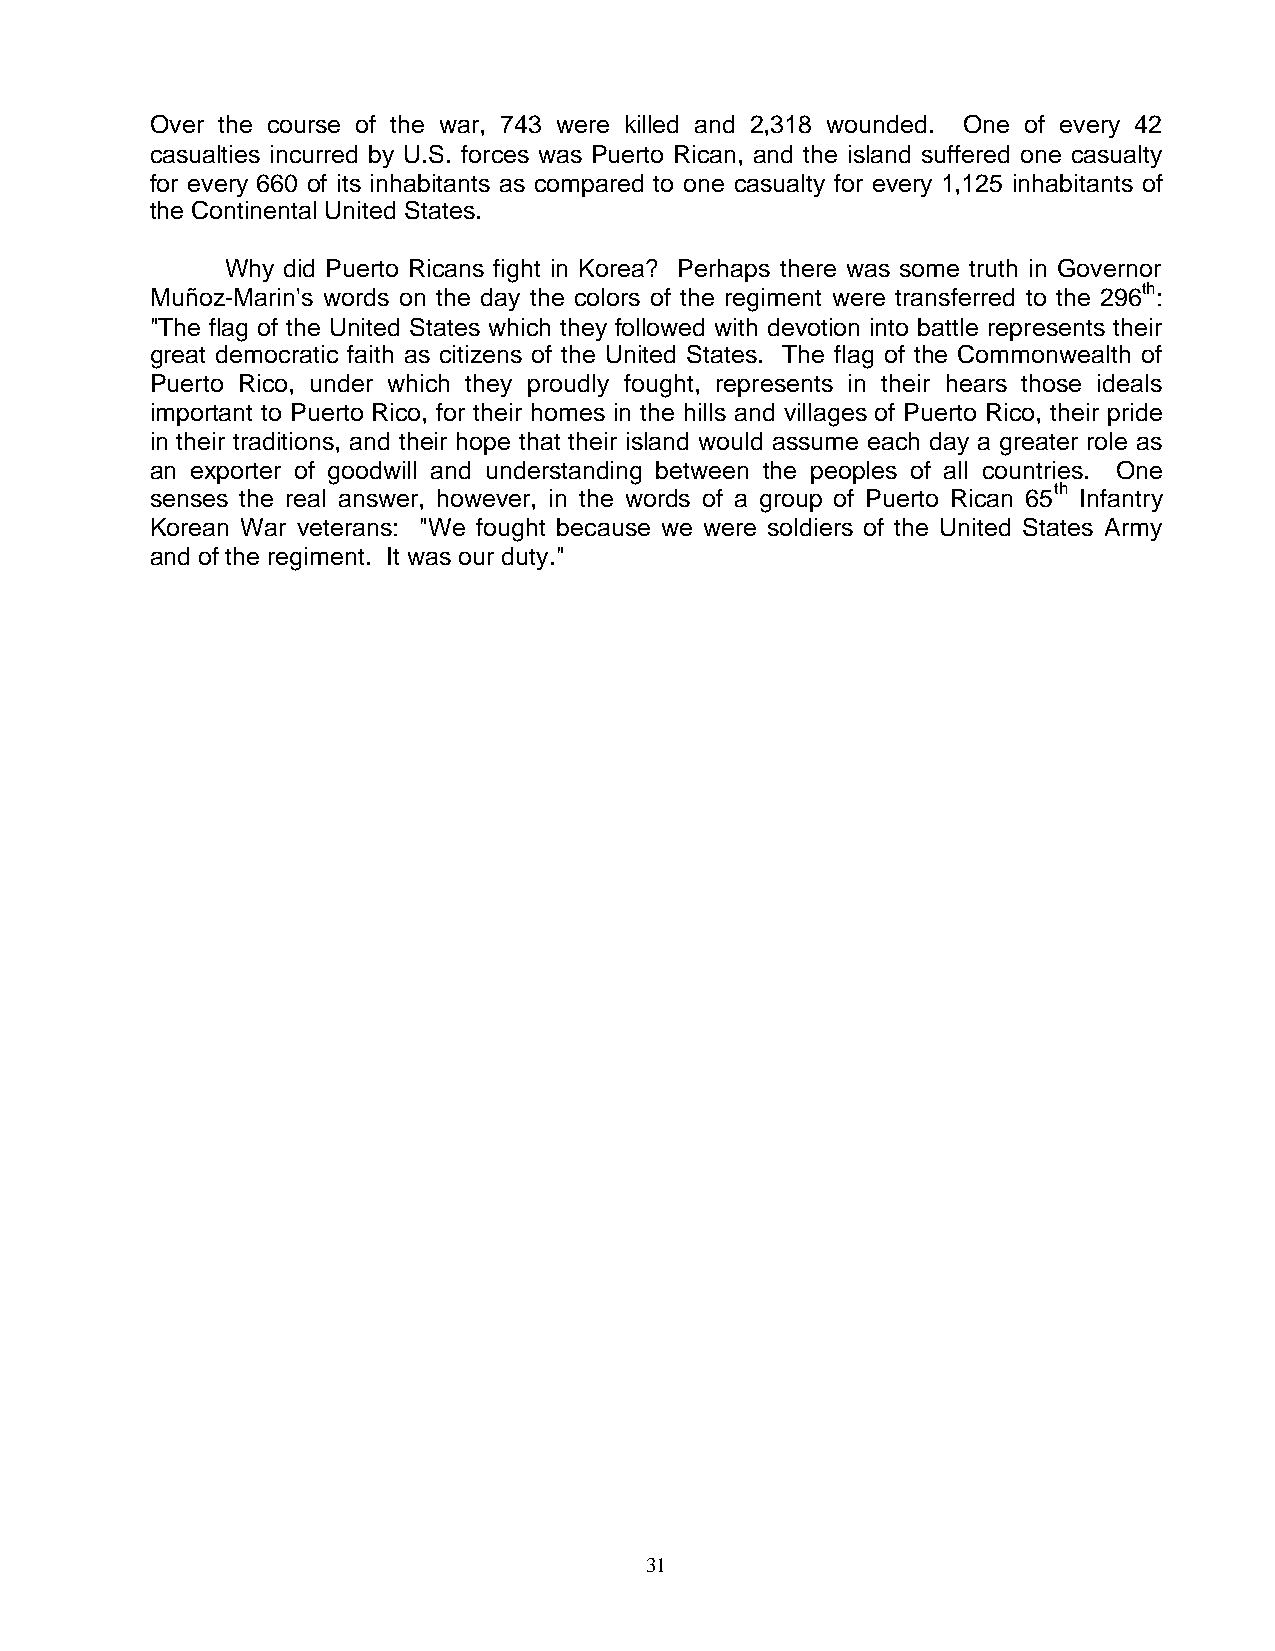
Over the course of the war, 743 were killed and 2,318 wounded. One of every 42
 casualties incurred by U.S. forces was Puerto Rican, and the island suffered one casualty
 for every 660 of its inhabitants as compared to one casualty for every 1,125 inhabitants of
 the Continental United States.
 Why did Puerto Ricans fight in Korea? Perhaps there was some truth in Governor
 Muñoz-Marin's words on the day the colors of the regiment were transferred to the 296th:
 "The flag of the United States which they followed with devotion into battle represents their
 great democratic faith as citizens of the United States. The flag of the Commonwealth of
 Puerto Rico, under which they proudly fought, represents in their hears those ideals
 important to Puerto Rico, for their homes in the hills and villages of Puerto Rico, their pride
 in their traditions, and their hope that their island would assume each day a greater role as
 an exporter of goodwill and understanding between the peoples of all countries. One
 senses the real answer, however, in the words of a group of Puerto Rican 65th Infantry
 Korean War veterans: "We fought because we were soldiers of the United States Army
 and of the regiment. It was our duty."
 31